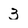
Character: 3